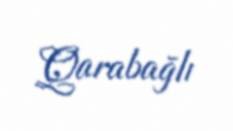
Qarabağlı